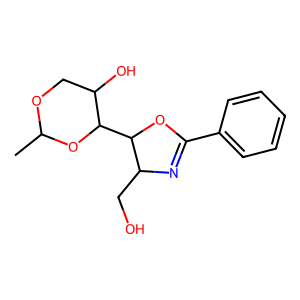
SMILES: CC1OCC(O)C(C2OC(c3ccccc3)=NC2CO)O1
Inhibits HIV replication: No